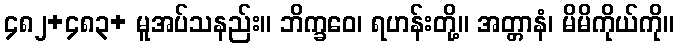
၄၈၂+၄၈၃+ မူအပ်သနည်း။ ဘိက္ခဝေ၊ ရဟန်းတို့။ အတ္တာနံ၊ မိမိကိုယ်ကို။